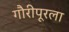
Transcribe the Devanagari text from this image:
गौरीपूरला